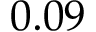
0 . 0 9